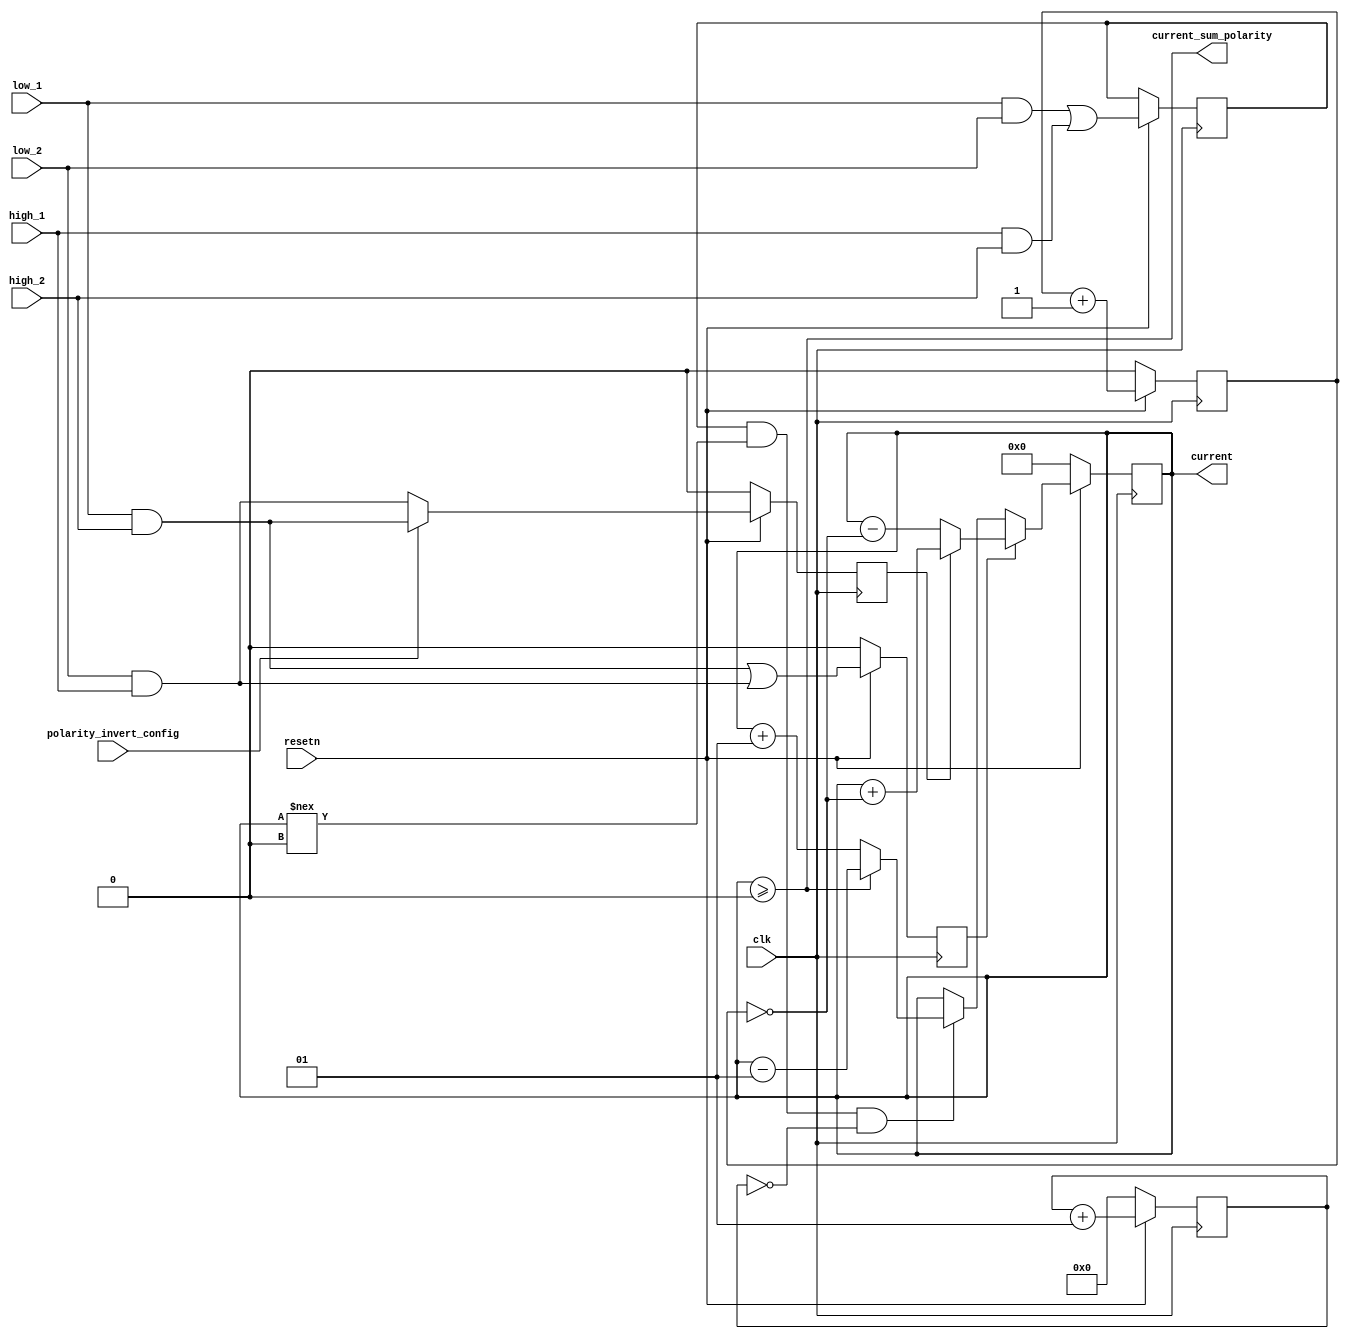
module hbridge_coil (
    input                   clk,
    input                   resetn,
    input                   low_1,
    input                   high_1,
    input                   low_2,
    input                   high_2,
    output signed   [12:0]  current,
    output                  current_sum_polarity,
    input                   polarity_invert_config
);
    reg signed      [12:0]  current;
    reg                     polarity; // arbitrary polarity
    reg                     on;
    reg             [8:0]   cnt;
    reg                     alive;
    reg                     slow_decay;
    reg signed              current_ramp_cnt; // rates are delay counter sizes
    reg signed      [3:0]   slow_decay_cnt;
    reg signed      [1:0]   fast_decay_cnt;
    reg                     open; // coils not connected. Should never occur?
    //wire                    current_sum_polarity;

    assign  current_sum_polarity = (current >= 0);
    // For each coil of motor
    // Each coil is driven by 2 half bridges. _1 and _2
    // Each half bridge is driven by two drivers. high_ and low_
    // Current goes in one direction when low_0 is on and high_1 is on.
    // Current goes the opposite direction when high_0 is on and low_1 is on.
    // set state of on for next tick
//    wire phase_negative = low_1 && high_0;
    always @(posedge clk) begin
        if (!resetn) begin
            current <= 0;
            on <= 0;
            polarity <= 0;
            cnt <= 0;
            current_ramp_cnt <= 0;
            slow_decay_cnt <= 0;
            fast_decay_cnt <= 0;
        end
        else begin
            cnt <= cnt + 1;
            current_ramp_cnt <= current_ramp_cnt + 1;
            slow_decay_cnt <= slow_decay_cnt + 1;
            fast_decay_cnt <= fast_decay_cnt + 1;
            on <= ( low_1 && high_2 ) | ( low_2 && high_1 );
            if ( polarity_invert_config )
                polarity <= high_2 && low_1;
            else
                polarity <= low_2 && high_1;
            slow_decay <= ( low_1 && low_2 ) | ( high_1 && high_2 );
            if ( on ) begin
                if ( polarity )
                    current <= current  + !current_ramp_cnt;
                else
                    current <= current - !current_ramp_cnt; // fast decay
            end
            else if ( slow_decay && current !== 0 && !slow_decay_cnt ) begin
                if (current >= 0) // current is positive
                    current <= current - 1; // slow decay every 4th tick
                else
                    current <= current + 1;
            end
        end
    end
endmodule